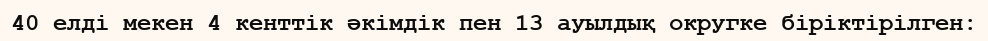
40 елді мекен 4 кенттік әкімдік пен 13 ауылдық округке біріктірілген: